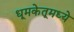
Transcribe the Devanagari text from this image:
धूमकेतूमध्ये